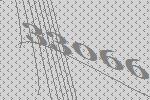
33066